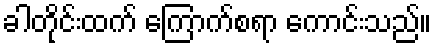
ခါတိုင်းထက် ကြောက်စရာ ကောင်းသည်။